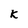
Character: K